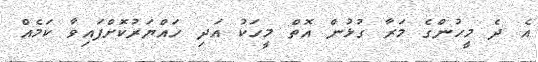
އެ ދެ މީހުންގެ މަރާ ގުޅުން އޮތް މީހަކު އަދި ހައްޔަރުކޮށްފައިވާ ކަމެއް